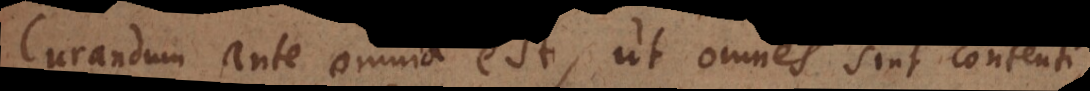
Curandum ante omnia est, ut omnes sint contenti,